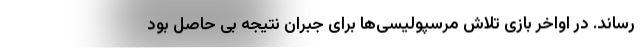
رساند. در اواخر بازی تلاش مرسپولیسی‌ها برای جبران نتیجه بی حاصل بود